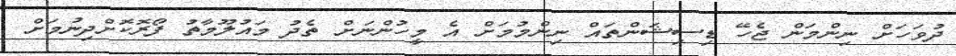
ދުވަހަށް ނިންމަން ޖެހޭ ޑިސިޝަންތައް ނިންމުމަށް އެ މީހުންނަށް ތެދު މައުލޫމާތު ފޯރޮކޮށްދިނުމަށް